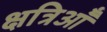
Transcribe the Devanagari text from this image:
क्षत्रिऑँ